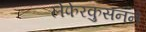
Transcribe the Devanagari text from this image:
लेफेरकुसनने